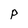
Character: p